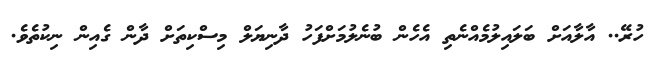
ހުރޭ.. އާލާއަށް ބަލައިލުމެއްނެތި އެހެން ބުނެލުމަށްފަހު ދާނިޔަލް މިސްކިތަށް ދާން ގެއިން ނިކުތެވެ.